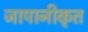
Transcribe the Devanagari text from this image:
जापानीकृत